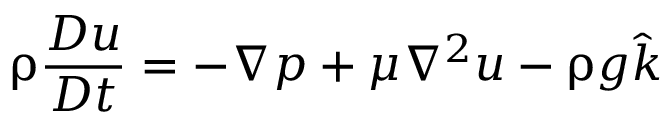
\uprho \frac { D \boldsymbol { u } } { D t } = - \nabla p + \mu \nabla ^ { 2 } \boldsymbol { u } - \uprho g \hat { k }